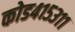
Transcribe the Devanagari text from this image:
कोड४१५३११